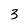
Character: 3